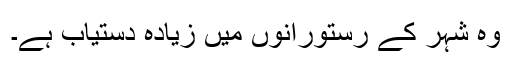
وہ شہر کے رستورانوں میں زیادہ دستیاب ہے۔